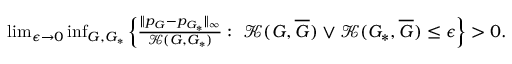
\begin{array} { r } { \operatorname* { l i m } _ { \epsilon \to 0 } \operatorname* { i n f } _ { G , G _ { * } } { \left\{ \frac { \| p _ { G } - p _ { G _ { * } } \| _ { \infty } } { \mathcal { K } ( G , G _ { * } ) } : \ \mathcal { K } ( G , \overline { { G } } ) \vee \mathcal { K } ( G _ { * } , \overline { { G } } ) \leq \epsilon \right\} } > 0 . } \end{array}